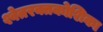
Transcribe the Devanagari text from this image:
श्वेतरक्तकोशिका